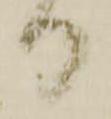
り